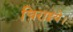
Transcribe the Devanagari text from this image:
चिराइये।